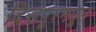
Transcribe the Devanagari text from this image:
दिसपूरमधून